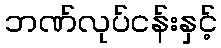
ဘဏ်လုပ်ငန်းနှင့်